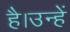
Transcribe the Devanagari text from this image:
है।उन्हें